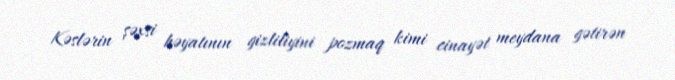
Kəslərin şəxsi həyatının gizliliyini pozmaq kimi cinayət meydana gətirən